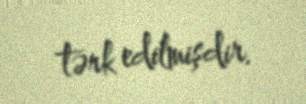
tərk edilmişdir.